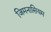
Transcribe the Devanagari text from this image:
जिमनासियम